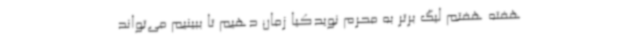
هفته هفتم لیگ ‌برتر به محرم نویدکیا زمان دهیم تا ببینیم می‌تواند